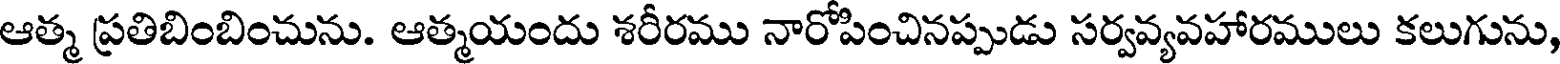
ఆత్మ ప్రతిబింబించును. ఆత్మయందు శరీరము నారోపించినప్పుడు సర్వవ్యవహారములు కలుగును,